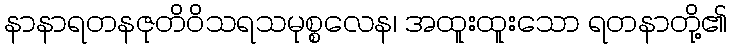
နာနာရတနဇုတိဝိသရသမုစ္စလေန၊ အထူးထူးသော ရတနာတို့၏